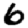
Digit: 6